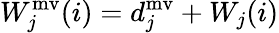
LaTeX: W_{j}^{\mathrm{mv}}(i)=d_{j}^{\mathrm{mv}}+W_{j}(i)